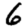
Digit: 6